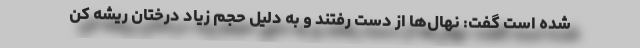
شده است گفت: نهال‌ها از دست رفتند و به دلیل حجم زیاد درختان ریشه کن